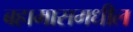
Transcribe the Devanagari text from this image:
बहामासमधील